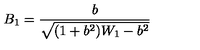
B _ { 1 } = \frac { b } { \sqrt { ( 1 + b ^ { 2 } ) W _ { 1 } - b ^ { 2 } } }